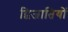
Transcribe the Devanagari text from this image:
द्विजातियों